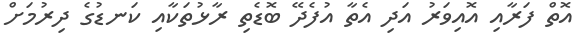
އޮތް ފަރާއި އޮއިވަރު އަދި އެތާ އުފެދޭ ބޮޑެތި ރާޅުތަކާއި ކަނޑުގެ ދިރުމަށް